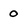
Character: 0